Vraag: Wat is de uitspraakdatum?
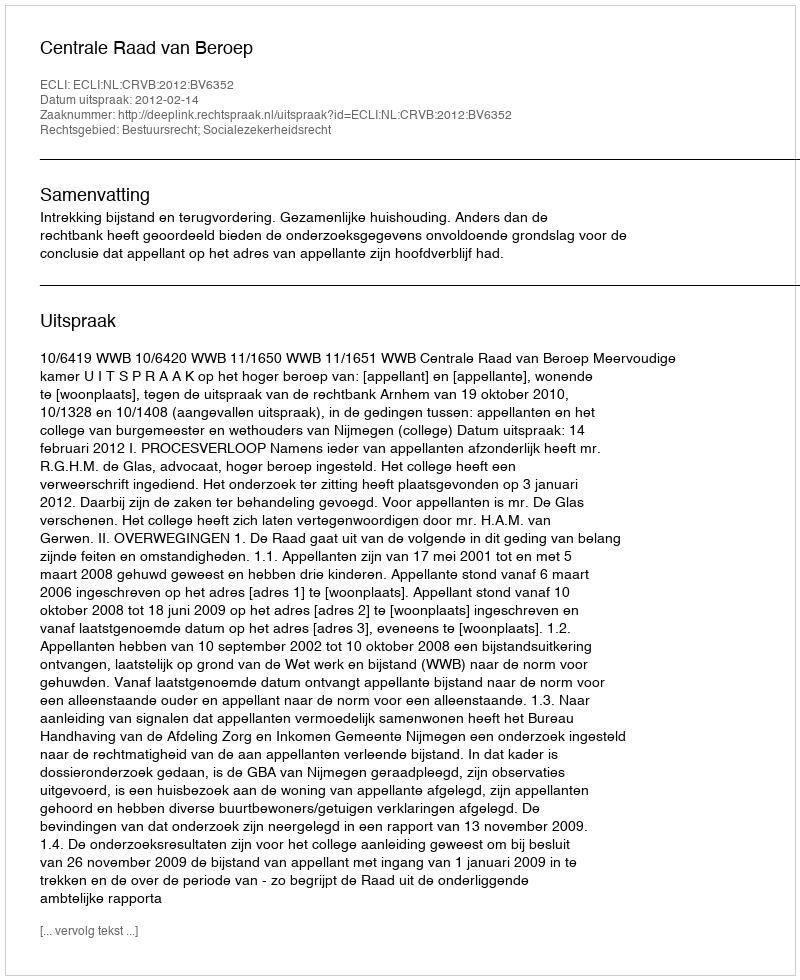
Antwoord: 2012-02-14